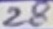
Text: 28